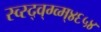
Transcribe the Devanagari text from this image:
स्व्स्द्व्ग्व्म्४६५४